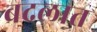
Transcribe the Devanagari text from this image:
बदलात